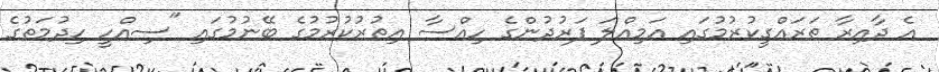
އެ ދާއިރާ ތަރައްގީކުރުމުގައި އަމިއްލަ ފަރުދުންގެ ހިއްސާ އިތުރުކުރުމުގެ ބޭނުމުގައި "ސިއްހީ ހިދުމަތުގެ